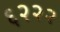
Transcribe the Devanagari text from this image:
६२२२